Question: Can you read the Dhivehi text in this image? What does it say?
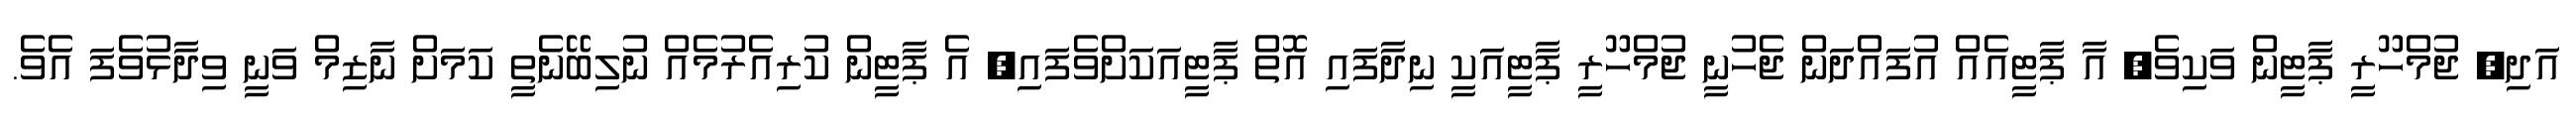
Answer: އަދި, ޖުމްހޫރީ ޕާޓީން ވަކިވެ, އާ ޕާޓީއެއް އުފައްދަން ޖެހުނީ ޖުމްހޫރީ ޕާޓީއަކީ ނިދާފައި އޮތް ޕާޓީއަކަށްވެފައި, އެ ޕާޓީން ކުރިއެރުމެއް ނުލިބޭނެތީ ކަމަށް ނާޒިމް ވަނީ ވިދާޅުވެފަ އެވެ.